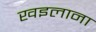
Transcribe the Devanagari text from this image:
खइलाना